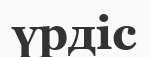
үрдіс